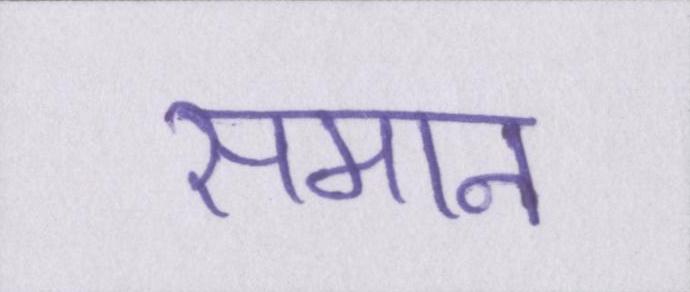
समान